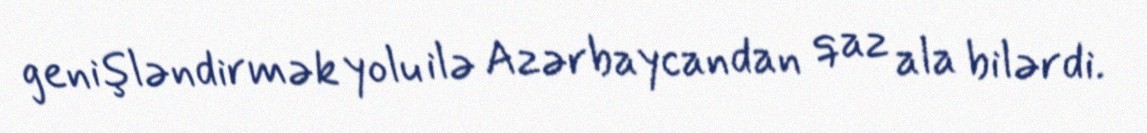
genişləndirmək yolu ilə Azərbaycandan qaz ala bilərdi.